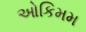
ઓકિમમ